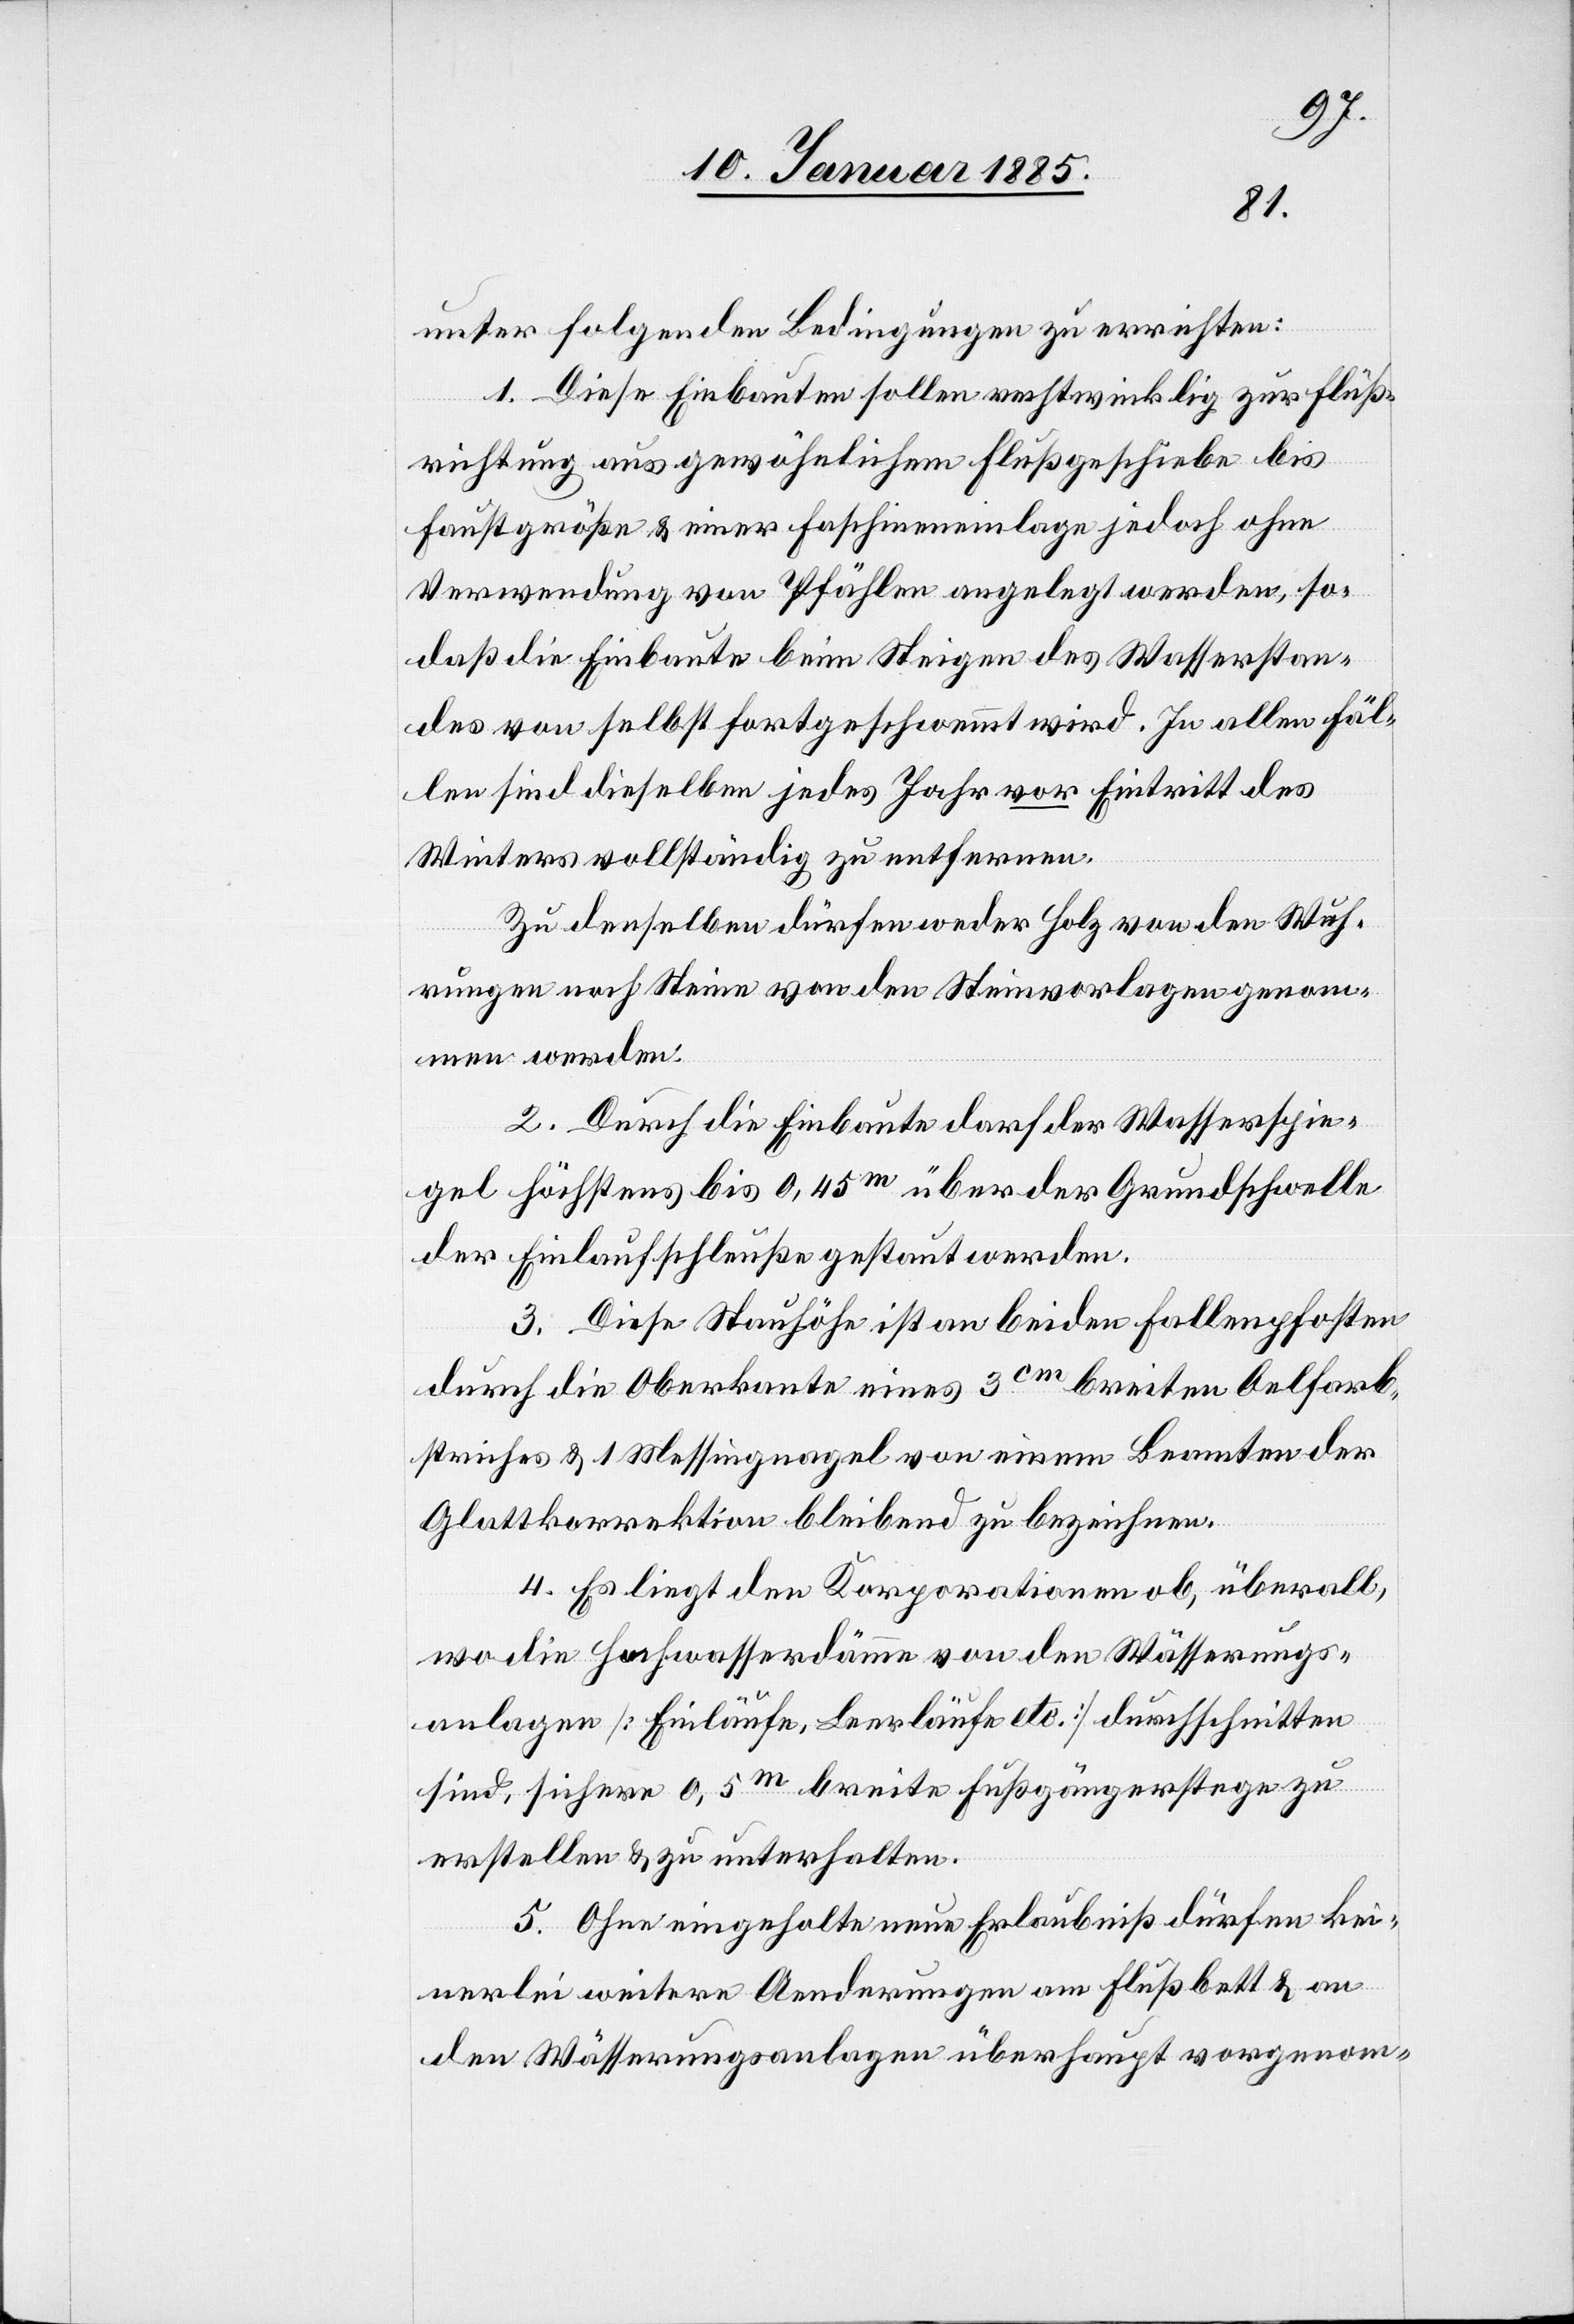
unter folgenden Bedingungen zu errichten:
1. Diese Einbauten sollen rechtwinklig zur Fluß¬
richtung aus gewöhnlichem Flußgeschiebe bis
faustgroße & einer Faschineneinlage jedoch ohne
Verwendung von Pfählen angelegt werden, so¬
daß die Einbaute beim Steigen des Wasserstan¬
des von selbst fortgeschwemmt wird. In allen Fäl¬
len sind dieselben jedes Jahr vor Eintritt des
Winterthurs vollständig zu entfernen.
Zu denselben dürfen weder Holz von den Wuh¬
rungen noch Steine von den Steinvorlagen genom¬
men werden.
2. Durch die Einbaute darf der Wasserspie¬
gel höchstens bis 0,45m über der Grundschwelle
der Einlaufschleuße gestaut werden.
3. Diese Stauhöhe ist an beiden Fallenpfosten
durch die Oberkante eines 3cm breiten Oelfarb¬
striches & 1 Messingnagel von einem Beamten der
Glattkorrektion bleibend zu bezeichnen.
4. Es liegt den Korporationen ob, überall,
wo die Hochwasserdämme von den Wässerungs¬
anlagen [Einläufe, Leerläufe etc.] durchschnitten
sind, sichere 0,5m breite Fußgängerstege zu
erstellen & zu unterhalten.
5. Ohne eingeholte neue Erlaubniß dürfen kei¬
nerlei weitere Aenderungen am Flußbett & an
den Wässerungsanlagen überhaupt vorgenom-